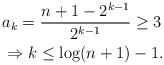
LaTeX: \begin{align*}&a_k=\frac{n+1-2^{k-1}}{2^{k-1}}\ge 3\\&\Rightarrow k\le \log(n+1)-1.\end{align*}